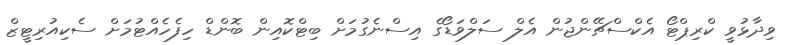
ވިދާޅުވީ ކްރިޕްޓޯ އެކްސްޗޭންޖުން އެލް ސަލްވަޑޯގެ އިސްނެގުމަށް ބިޓްކޮއިން ބޮންޑް ހިފެހެއްޓުމަށް ސެކިއުރިޓީޒް